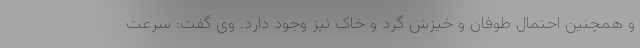
و همچنین احتمال طوفان و خیزش گرد و خاک نیز وجود دارد. وی گفت: سرعت